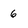
Character: 6